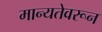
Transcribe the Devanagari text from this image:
मान्यतेवरून